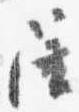
陪